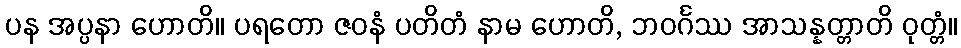
ပန အပ္ပနာ ဟောတိ။ ပရတော ဇဝနံ ပတိတံ နာမ ဟောတိ, ဘဝင်္ဂဿ အာသန္နတ္တာတိ ဝုတ္တံ။